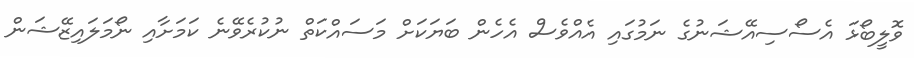
ވޮލީބޯޅަ އެސޯސިއޭޝަނުގެ ނަމުގައި އެއްވެސް އެހެން ބަޔަކަށް މަސައްކަތް ނުކުރެވޭނެ ކަމަށާއި ނޯމަލައިޒޭޝަން